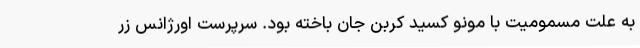
به علت مسمومیت با مونو کسید کربن جان باخته بود. سرپرست اورژانس زر